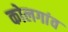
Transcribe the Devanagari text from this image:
कोलगांव